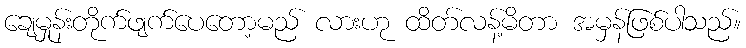
ချေမှုန်းတိုက်ဖျက်ပေတော့မည် လားဟု ထိတ်လန့်မိတာ အမှန်ဖြစ်ပါသည်။